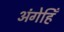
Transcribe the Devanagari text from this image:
अंगेहिँ